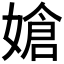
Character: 𪦔